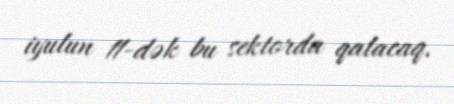
iyulun 11-dək bu sektorda qalacaq.